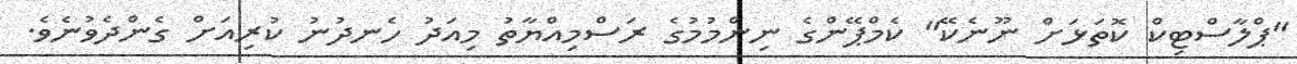
"ޕްލާސްޓިކް ކޮތަޅަށް ނޫނެކޭ" ކެމްޕޭންގެ ނިންމުމުގެ ރަސްމިއްޔާތު މިއަދު ހެނދުނު ކުރިއަށް ގެންދެވުނެވެ.